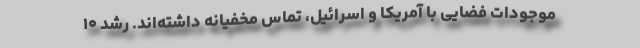
موجودات فضایی با آمریکا و اسرائیل، تماس مخفیانه داشته‌اند. رشد ۱۰